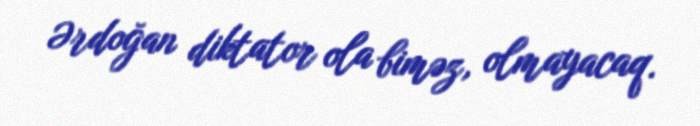
Ərdoğan diktator ola biməz, olmayacaq.